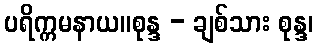
ပရိက္ကမနာယ။စုန္ဒ - ချစ်သား စုန္ဒ၊